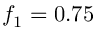
f _ { 1 } = 0 . 7 5